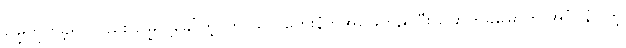
မြွေကိုက်ခဲ့ရင်လည်း မြွေလို့ခေါ်တဲ့ ကြာသ ပတေးနံကိုအခြေတည်ပြီး ခြောက်ခုမြောက် အင်္ဂါ နံပါတဲ့